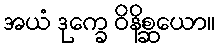
အယံ ဒုက္ခေ ဝိနိစ္ဆယော။